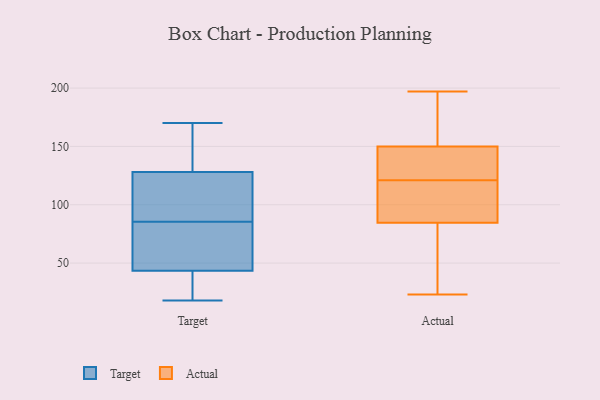
{"axis": {"x": "Backlog", "y": "Value"}, "legend": ["Actual", "Target"], "data": [{"x": "", "y": 35, "type": "Target"}, {"x": "", "y": 111, "type": "Target"}, {"x": "", "y": 78, "type": "Target"}, {"x": "", "y": 162, "type": "Target"}, {"x": "", "y": 51, "type": "Target"}, {"x": "", "y": 51, "type": "Target"}, {"x": "", "y": 111, "type": "Target"}, {"x": "", "y": 93, "type": "Target"}, {"x": "", "y": 18, "type": "Target"}, {"x": "", "y": 170, "type": "Target"}, {"x": "", "y": 145, "type": "Target"}, {"x": "", "y": 36, "type": "Target"}, {"x": "", "y": 52, "type": "Actual"}, {"x": "", "y": 59, "type": "Actual"}, {"x": "", "y": 86, "type": "Actual"}, {"x": "", "y": 118, "type": "Actual"}, {"x": "", "y": 108, "type": "Actual"}, {"x": "", "y": 156, "type": "Actual"}, {"x": "", "y": 133, "type": "Actual"}, {"x": "", "y": 124, "type": "Actual"}, {"x": "", "y": 23, "type": "Actual"}, {"x": "", "y": 153, "type": "Actual"}, {"x": "", "y": 147, "type": "Actual"}, {"x": "", "y": 179, "type": "Actual"}, {"x": "", "y": 83, "type": "Actual"}, {"x": "", "y": 144, "type": "Actual"}, {"x": "", "y": 95, "type": "Actual"}, {"x": "", "y": 197, "type": "Actual"}]}